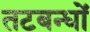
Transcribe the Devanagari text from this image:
तटबन्धों